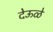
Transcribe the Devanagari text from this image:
देऊळे